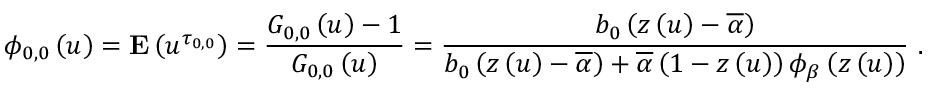
\phi _ { 0 , 0 } \left( u \right) = { \bf E } \left( u ^ { \tau _ { 0 , 0 } } \right) = \frac { G _ { 0 , 0 } \left( u \right) - 1 } { G _ { 0 , 0 } \left( u \right) } = \frac { b _ { 0 } \left( z \left( u \right) - \overline { { \alpha } } \right) } { b _ { 0 } \left( z \left( u \right) - \overline { { \alpha } } \right) + \overline { { \alpha } } \left( 1 - z \left( u \right) \right) \phi _ { \beta } \left( z \left( u \right) \right) } \mathrm { ~ . ~ }